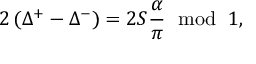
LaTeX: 2 \left( \Delta ^ { + } - \Delta ^ { - } \right) = 2 S \frac { \alpha } { \pi } \, \, \bmod \, \, 1 ,